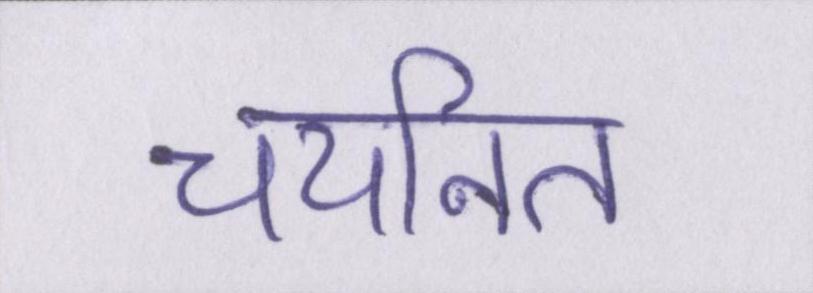
चयनित